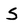
Character: S